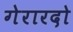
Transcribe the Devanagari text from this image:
गेरारदो